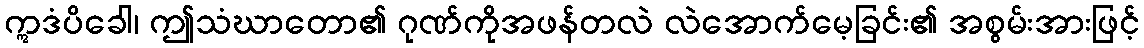
ဣဒံပိခေါ၊ ဤသံဃာတော၏ ဂုဏ်ကိုအဖန်တလဲ လဲအောက်မေ့ခြင်း၏ အစွမ်းအားဖြင့်